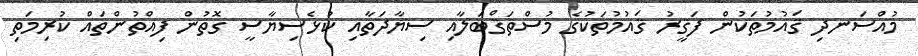
މުއްސަނދި ޤައުމުތަކުން ފަޤީރު ޤައުމުތަކުގެ މުސްތަޤްބަލާއި ސިޔާދަތާއި ކުޅެސިޔާސީ ގޮތުން ފިއްތުންތައް ކުރިމަތި